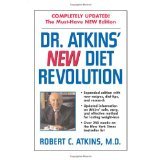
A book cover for Dr. Atkin's New Diet Revolution: Completely updated!; Robert C. M.d. Atkins; Health, Fitness & Dieting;